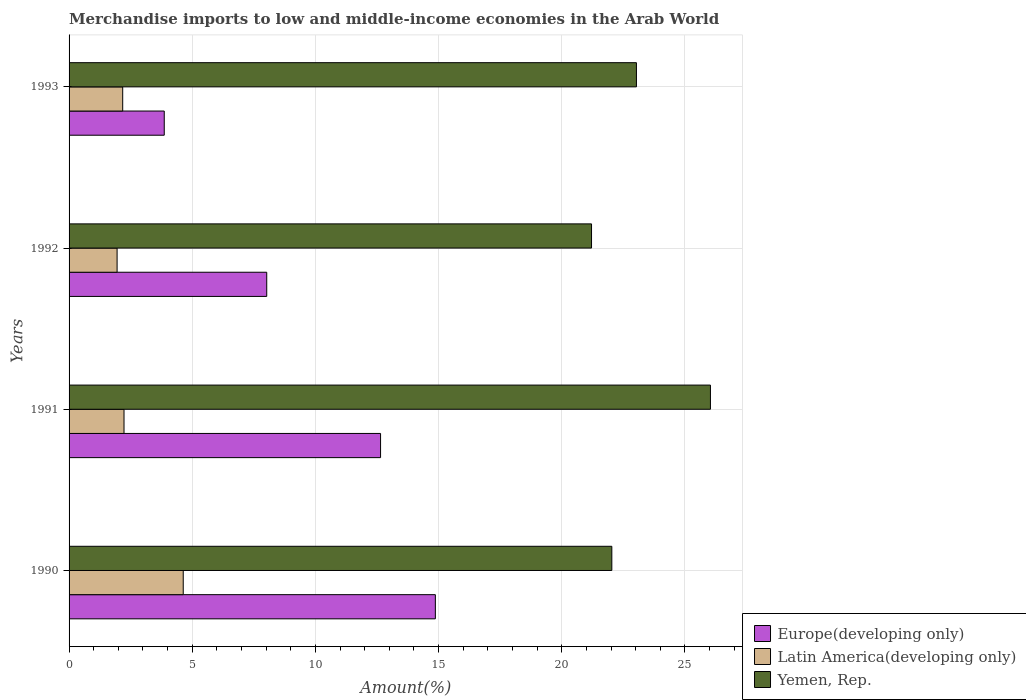
| Years | Europe(developing only) | Latin America(developing only) | Yemen, Rep. |
 | --- | --- | --- | --- |
 | 1990 | 14.9 | 4.63 | 22 |
 | 1991 | 12.6 | 2.23 | 26 |
 | 1992 | 8.02 | 1.95 | 21.2 |
 | 1993 | 3.86 | 2.18 | 23 |